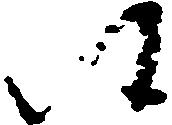
候